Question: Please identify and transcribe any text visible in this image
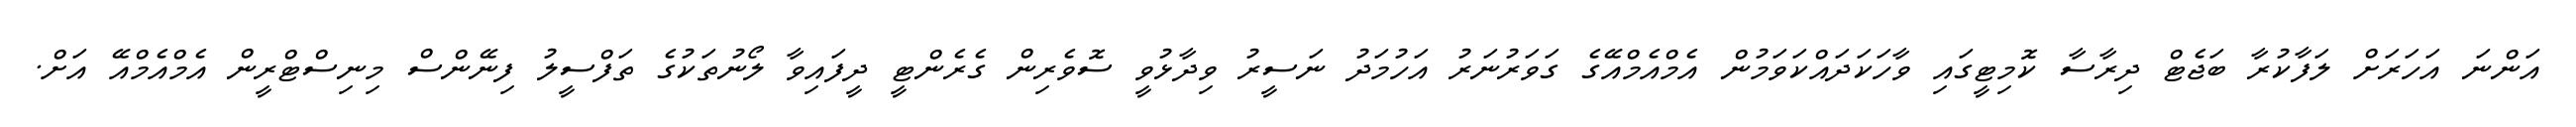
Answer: އަންނަ އަހަރަށް ލަފާކުރާ ބަޖެޓް ދިރާސާ ކޮމިޓީގައި ވާހަކަދައްކަވަމުން އެމްއެމްއޭގެ ގަވަރުނަރު އަހުމަދު ނަސީރު ވިދާޅުވީ ސޮވެރިން ގެރެންޓީ ދީފައިވާ ލޯނުތަކުގެ ތަފްސީލު ފިނޭންސް މިނިސްޓްރީން އެމްއެމްއޭ އަށް.